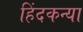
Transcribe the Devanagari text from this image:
हिंदकन्या